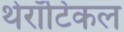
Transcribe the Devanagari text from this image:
थेरॉटिकल